Insane asylums in Bengal annual reports 1867-1875 - 1867-1875
Year: 1867
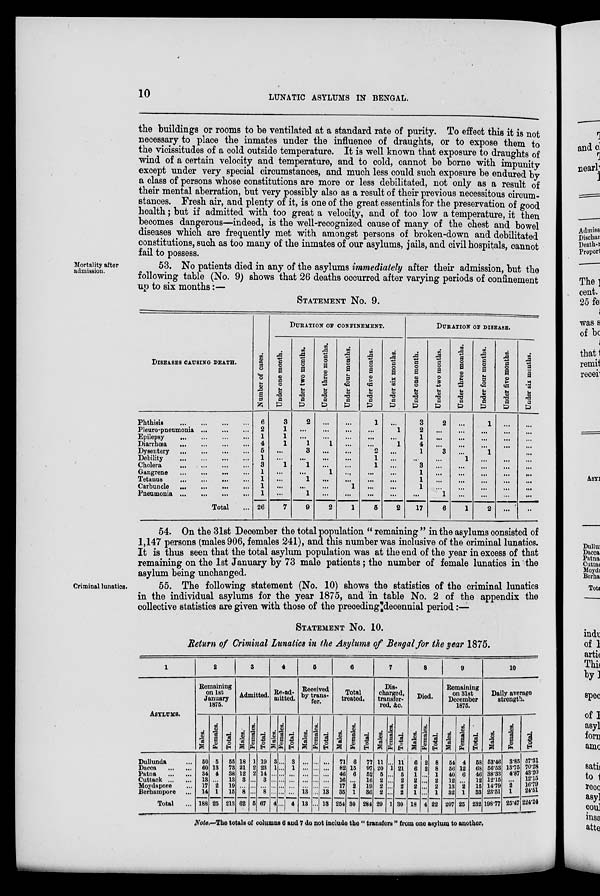
10
LUNATIC ASYLUMS IN BENGAL.
the buildings or rooms to be ventilated at a standard rate of purity. To effect this it is not
necessary to place the inmates under the influence of draughts, or to expose them to
the vicissitudes of a cold outside temperature. It is well known that exposure to draughts of
wind of a certain velocity and temperature, and to cold, cannot be borne with impunity
except under very special circumstances, and much less could such exposure be endured by
a class of persons whose constitutions are more or less debilitated, not only as a result of
their mental aberration, but very possibly also as a result of their previous necessitous circum-
stances. Fresh air, and plenty of it, is one of the great essentials for the preservation of good
health; but if admitted with too great a velocity, and of too low a temperature, it then
becomes dangerous—indeed, is the well-recognized cause of many of the chest and bowel
diseases which are frequently met with amongst persons of broken-down and debilitated
constitutions, such as too many of the inmates of our asylums, jails, and civil hospitals, cannot
fail to possess.
Mortality after
admission.
53. No patients died in any of the asylums immediately after their admission, but the
following table (No. 9) shows that 26 deaths occurred after varying periods of confinement
up to six months:—
STATEMENT No. 9.
DISEASES CAUSING DEATH.
Phthisis
...
...
...
...
Pleuro-pneumonia
...
...
...
Epilepsy ... ... ... ...
Diarrhœa
...
...
...
...
Dysentery ... ... ... ...
Debility
...
...
...
...
Cholera
...
...
...
...
Gangrene
...
...
...
...
Tetanus
...
...
...
...
Carbuncle
...
...
...
...
Pneumonia
...
...
...
...
Total ...
Number of cases.
6
2
1
4
5
1
3
1
1
1
1
26
DURATION OF CONFINEMENT.
Under one month.
3
1
1
1
...
...
1
...
...
...
...
7
Under two months.
2
...
...
1
3
...
1
...
1
...
1
9
Under three months.
...
...
...
1
...
...
...
1
...
...
...
2
Under four months.
...
...
...
...
...
...
...
...
...
1
...
1
Under five months.
1
...
...
...
2
1
1
...
...
...
...
5
Under six months.
...
1
...
1
...
...
...
...
...
...
...
2
DURATION OF DISEASE.
Under one month.
3
2
1
4
1
...
3
1
1
1
...
17
Under two months.
2
...
...
...
3
...
...
...
...
...
1
6
Under three months.
...
...
...
...
...
1
...
...
...
...
...
1
Under four months.
1
...
...
...
1
...
...
...
...
...
...
2
Under five months.
...
...
...
...
...
...
...
...
...
...
...
...
Under six months.
...
...
...
...
...
...
...
...
...
...
...
..
54. On the 31st December the total population " remaining " in the asylums consisted of
1,147 persons (males 906, females 241), and this number was inclusive of the criminal lunatics.
It is thus seen that the total asylum population was at the end of the year in excess of that
remaining on the 1st January by 73 male patients; the number of female lunatics in the
asylum being unchanged.
Criminal lunatics.
55. The following statement (No. 10) shows the statistics of the criminal lunatics
in the individual asylums for the year 1875, and in table No. 2 of the appendix the
collective statistics are given with those of the preceding decennial period:—
STATEMENT No. 10.
Return of Criminal Lunatics in the Asylums of Bengal for the year 1875.
1
ASYLUMS.
Dullunda ...
Dacca
...
...
Patna
...
...
Cuttack ... ...
Moydapore ...
Berhampore ...
Total ...
2
Remaining
on 1st
January
1875.
Males.
50
60
34
13
17
14
188
Females.
5
13
4
...
2
1
25
Total.
55
73
38
13
19
15
213
3
Admitted.
Males.
18
21
12
8
...
8
62
Females.
1
2
2
...
...
...
5
Total.
19
23
14
8
...
8
67
4
Re-ad-
mitted.
Males.
3
1
...
...
...
...
4
Females.
...
...
...
...
...
...
...
Total.
3
1
...
...
...
...
4
5
Received
by trans-
fer.
Males.
...
...
...
...
...
13
13
Females.
...
...
...
...
...
...
...
Total.
...
...
...
...
...
13
13
6
Total
treated.
Males.
71
82
46
16
17
35
254
Females.
6
15
6
...
2
1
30
Total.
77
97
52
16
19
36
284
7
Dis-
charged,
transfer-
red, &c.
Males.
11
20
5
2
2
2
29
Females.
...
1
...
...
...
...
1
Total.
11
21
5
2
2
2
30
8
Died.
Males.
6
6
1
2
2
1
18
Females.
2
2
...
...
...
...
4
Total.
8
8
1
2
2
1
22
9
Remaining
on 31st
December
1875.
Males.
54
56
40
12
13
32
207
Females.
4
12
6
...
2
1
25
Total.
58
68
46
12
15
33
232
10
Daily average
strength.
Males.
53.46
56.53
38.33
12.15
14.79 23.51
198.77
Females.
3.85
13.75
4.87
...
2
1
25.47
Total.
57.31
70.28
43.20
12.15
16.79
24.51
224.24
Note.—The totals of columns 6 and 7 do not include the " transfers " from one asylum to another.